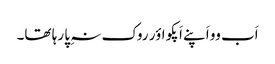
اَب وو اَپنے اَپکو اؤر روک نہِ پا رہا تھا۔